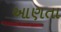
આણતા